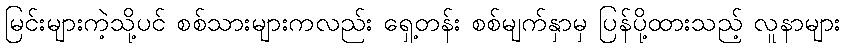
မြင်းများကဲ့သို့ပင် စစ်သားများကလည်း ရှေ့တန်း စစ်မျက်နှာမှ ပြန်ပို့ထားသည့် လူနာများ